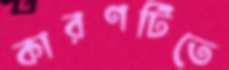
কারণটিতে